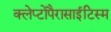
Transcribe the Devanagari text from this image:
क्लेप्टोपैरासाईटिस्म